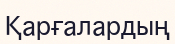
Қарғалардың